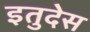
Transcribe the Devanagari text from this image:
इतुदेस